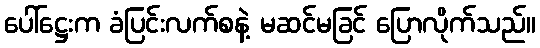
ပေါ်ဋ္ဌေးက ခံပြင်းလက်စနဲ့ မဆင်မခြင် ပြောလိုက်သည်။